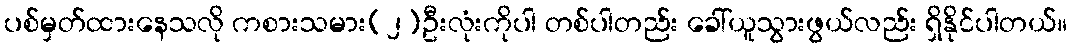
ပစ်မှတ်ထားနေသလို ကစားသမား(၂)ဦးလုံးကိုပါ တစ်ပါတည်း ခေါ်ယူသွားဖွယ်လည်း ရှိနိုင်ပါတယ်။